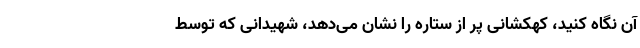
آن نگاه کنید، کهکشانی پر از ستاره را نشان می‌دهد، شهیدانی که توسط